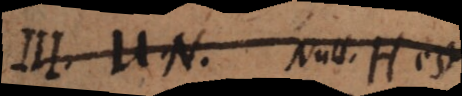
III. U. N. Null. H est